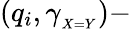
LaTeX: (q_{i},\gamma_{_{X=Y}})-